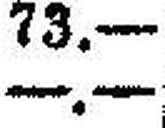
—.—